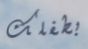
بطفلك